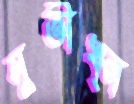
সুতীখ্ন